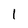
Character: 1